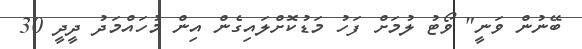
ބޭނުން ވަނީ" ވޯޓު ލުމަށް ފަހު މަޑުކޮށްލައިގެން އިން މުހައްމަދު ދީދީ 30